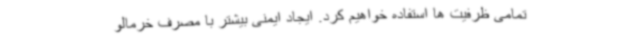
تمامی ظرفیت ها استفاده خواهیم کرد. ایجاد ایمنی بیشتر با مصرف خرمالو